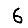
Digit: 6